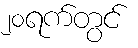
၂၀ရက်တွင်